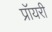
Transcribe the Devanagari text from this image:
प्रॉयरी